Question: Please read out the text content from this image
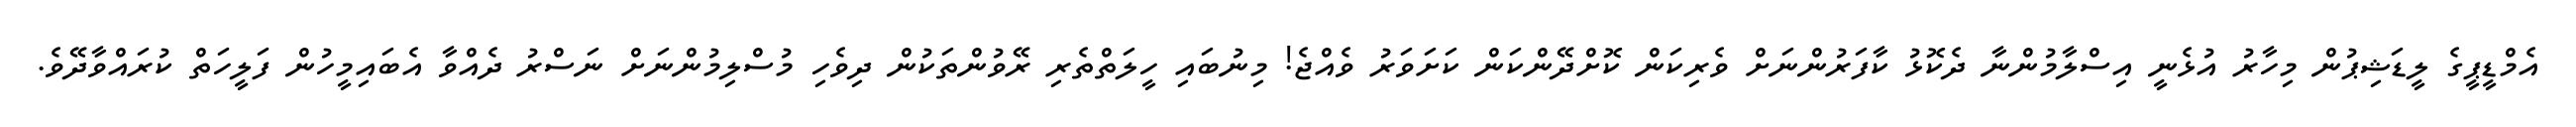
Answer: އެމްޑީޕީގެ ލީޑަޝިޕުން މިހާރު އުޅެނީ އިސްލާމުންނާ ދެކޮޅު ކާފަރުންނަށް ވެރިކަން ކޮށްދޭންކަން ކަށަވަރު ވެއްޖެ! މިނުބައި ހީލަތްތެރި ރޭވުންތަކުން ދިވެހި މުސްލިމުންނަށް ނަސްރު ދެއްވާ އެބައިމީހުން ފަލީހަތް ކުރައްވާދޭވެ.